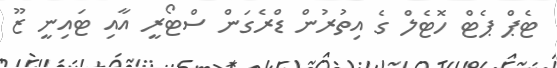
ޓެޕް ޕެޓް ހޮޓެލް ގެ އިތުރުން ޑްރެގަން ސްޓޯރީ އާއި ޓައިނީ ޒޫ